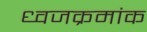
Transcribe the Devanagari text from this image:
ध्वजक्रमांक